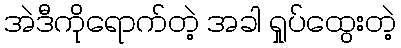
အဲဒီကိုရောက်တဲ့ အခါ ရှုပ်ထွေးတဲ့